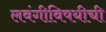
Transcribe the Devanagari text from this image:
लवंगीविषयीची